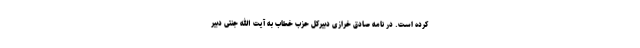
کرده است. در نامه صادق خرازی دبیرکل حزب خطاب به آیت الله جنتی دبیر